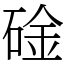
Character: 碒